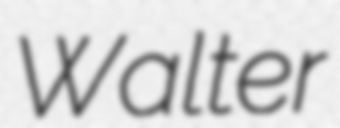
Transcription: Walter